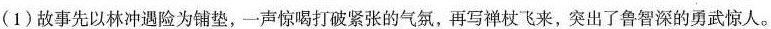
(1)故事先以林冲遇险为铺垫，一声惊喝打破紧张的气氯，再写禅杖飞来，突出了鲁智深的勇武惊人。